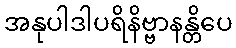
အနုပါဒါပရိနိဗ္ဗာနန္တိပေ